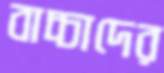
বাচ্চাদের